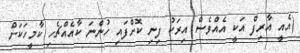
(އެއީ އާރިފް އަކީ އެއްވެސް އިރަކު ފިނި ކޮށްފައި ހުންނަ ކާއެއްޗެހި ކާމީހަކަށް